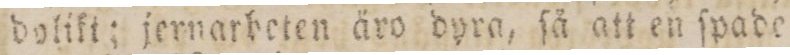
dolikt; jernarbeten äro dyra, ſå att en ſpade